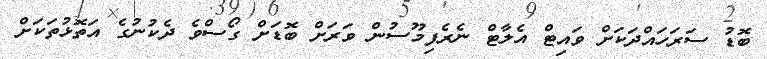
ބޮޑު ސަރަހައްދަކަށް ވައިޓް އެލާޓް ނެރެފިމޫސުން ވަރަށް ބޮޑަށް ގޯސްވެ ދެކުނުގެ އަތޮޅުތަކަށް